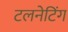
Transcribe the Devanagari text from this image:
टलनेटिंग